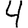
Digit: 4